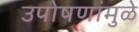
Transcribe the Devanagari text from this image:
उपोषणांमुळे